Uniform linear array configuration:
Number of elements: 32
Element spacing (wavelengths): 0.25
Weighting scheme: blackman
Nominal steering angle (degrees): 60
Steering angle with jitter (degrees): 59.363
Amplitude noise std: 0.05
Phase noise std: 0.05

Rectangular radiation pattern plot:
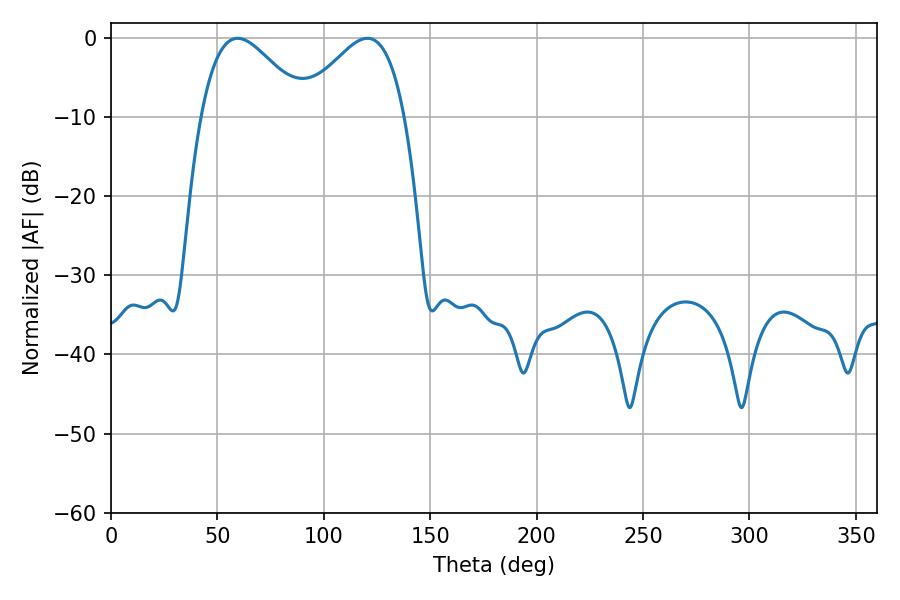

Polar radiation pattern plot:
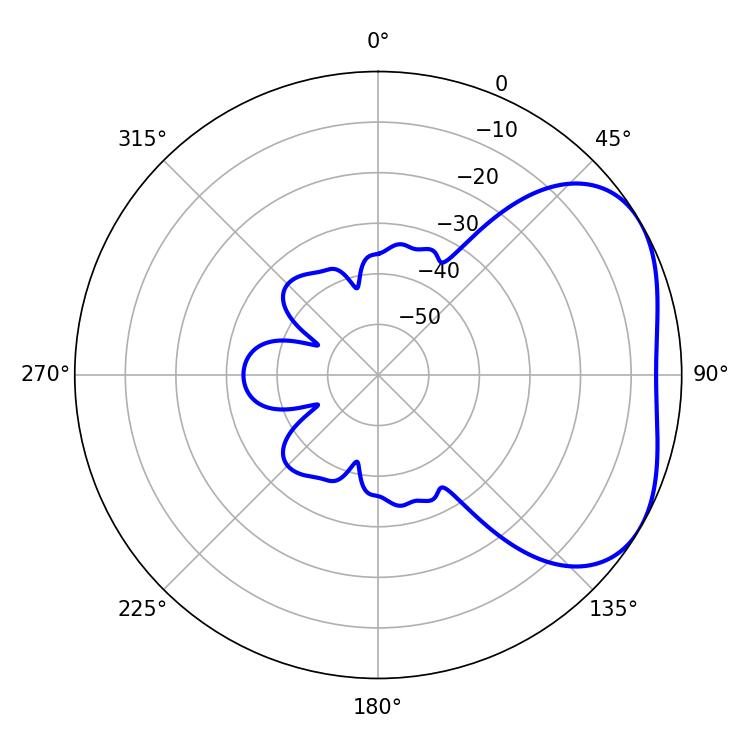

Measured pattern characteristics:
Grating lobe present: FALSE
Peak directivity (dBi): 3.551
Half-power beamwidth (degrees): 26.46
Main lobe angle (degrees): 120.42